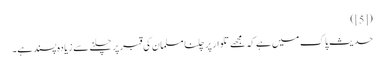
([5])
حدیثِ پاک میں ہے کہ مجھے تلوار پر چلنا مسلمان کی قبر پر چلنے سے زیادہ پسند ہے۔